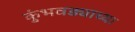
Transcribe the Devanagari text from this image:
कुंभवड्याच्या